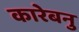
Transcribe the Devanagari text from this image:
कारेबनु